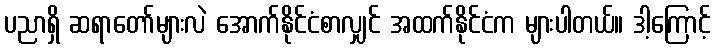
ပညာရှိ ဆရာတော်များလဲ အောက်နိုင်ငံစာလျှင် အထက်နိုင်ငံက များပါတယ်။ ဒါ့ကြောင့်